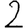
Digit: 2